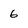
Character: 6